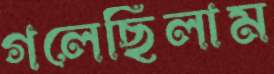
গলেছিলাম